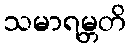
သမာရမ္ဘတိ